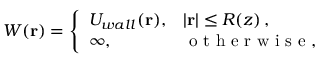
W ( \mathbf { r } ) = \left\{ \begin{array} { l l } { U _ { w a l l } ( \mathbf { r } ) , } & { | \mathbf { r } | \leq R ( z ) \, , } \\ { \infty , } & { \mathrm { ~ o ~ t ~ h ~ e ~ r ~ w ~ i ~ s ~ e ~ } , } \end{array} \right.